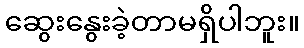
ဆွေးနွေးခဲ့တာမရှိပါဘူး။